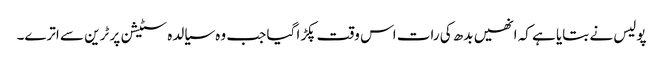
پولیس نے بتایا ہے کہ انھیں بدھ کی رات اس وقت پکڑا گیا جب وہ سیالدہ سٹیشن پر ٹرین سے اترے۔